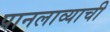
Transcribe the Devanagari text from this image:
पानलाव्याची